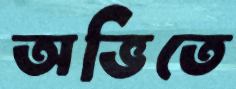
অভিতে